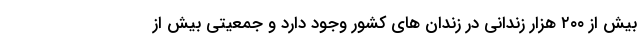
بیش از ۲۰۰ هزار زندانی در زندان های کشور وجود دارد و جمعیتی بیش از